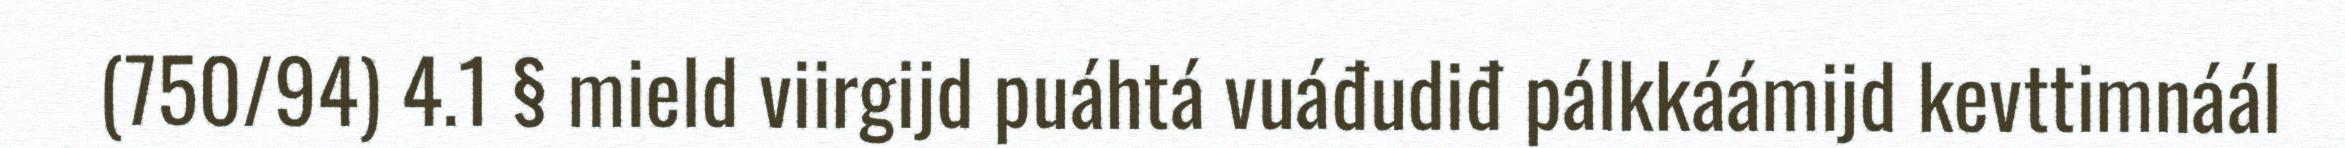
(750/94) 4.1 § mield viirgijd puáhtá vuáđudiđ pálkkáámijd kevttimnáál